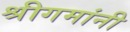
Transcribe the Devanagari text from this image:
श्रीगमांनी